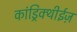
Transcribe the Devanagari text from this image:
कांड्रिक्थीईज़